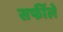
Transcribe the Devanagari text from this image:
सर्फीले